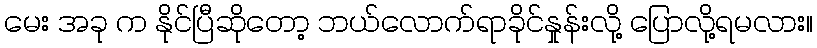
မေး အခု က နိုင်ပြီဆိုတော့ ဘယ်လောက်ရာခိုင်နှုန်းလို့ ပြောလို့ရမလား။